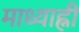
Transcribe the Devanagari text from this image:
माध्याह्नी